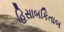
હિસાબકિતાબ